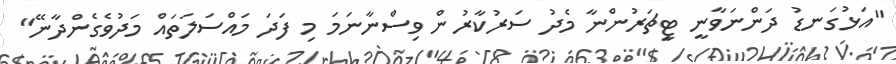
"އަޅުގަނޑު ދަންނަވާނީ ޓިީޗަރުންނާ މެދު ސަރުކާރުން ވިސްނާނަމަ މި ފަދަ މައްސަލަތައް މަދުވެގެންދާނޭ"